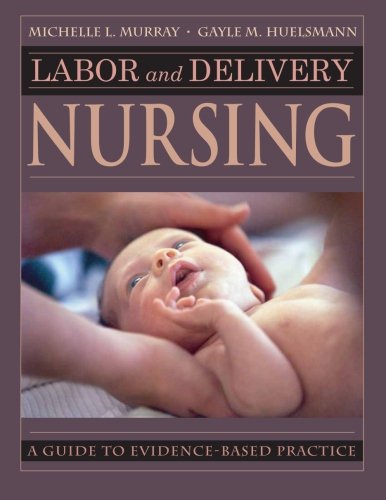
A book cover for Labor and Delivery Nursing: Guide to Evidence-Based Practice; Michelle Murray PhD  RNC; Medical Books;